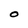
Character: O